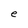
Character: e